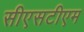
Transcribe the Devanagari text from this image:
सीएसटीएम